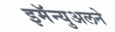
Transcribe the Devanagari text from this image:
इमॅन्युअलने